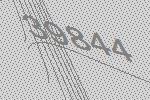
39844